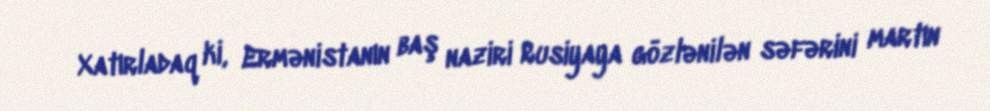
Xatırladaq ki, Ermənistanın baş naziri Rusiyaya gözlənilən səfərini martın